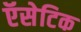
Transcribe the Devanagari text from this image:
ऍसेटिक